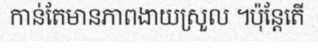
កាន់តែមានភាពងាយស្រួល ។ប៉ុន្តែតើ